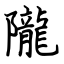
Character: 隴